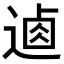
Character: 𨔟